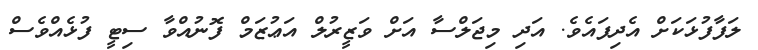
ލަފާފުޅަކަށް އެދިފައެވެ. އަދި މިޖަލްސާ އަށް ވަޒީރުލް އަޢުޒަމް ފޮނުއްވާ ސިޓީ ފުޅެއްވެސް